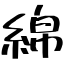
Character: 綿